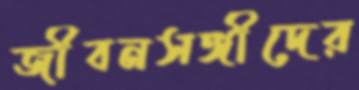
জীবনসঙ্গীদের